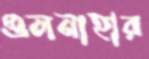
গুলনাহার